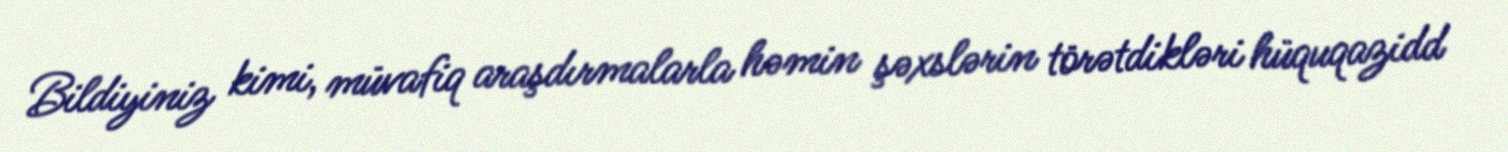
Bildiyiniz kimi, müvafiq araşdırmalarla həmin şəxslərin törətdikləri hüquqazidd